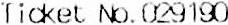
TICKET NO.029190